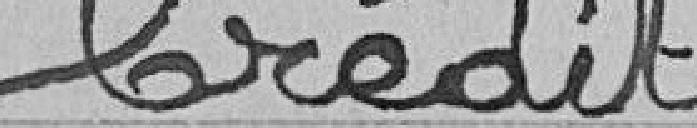
Crédit